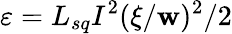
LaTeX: \varepsilon=L_{sq}I^{2}(\xi/\mathbf{w})^{2}/2